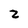
Character: 2